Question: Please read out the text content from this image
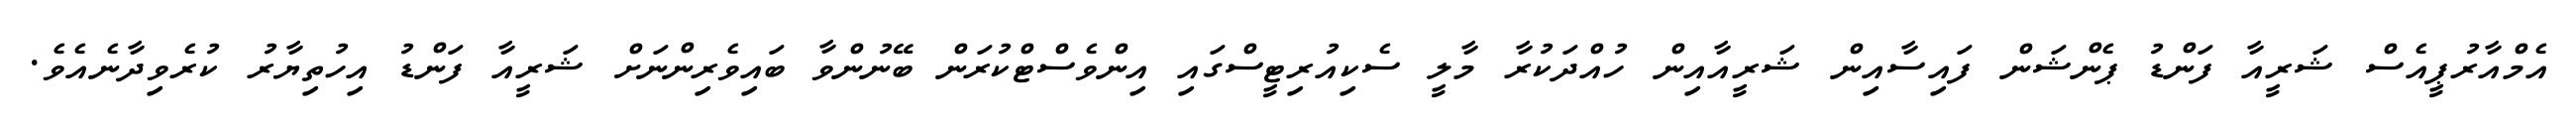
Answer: އެމްއާރުޕީއެސް ޝަރީއާ ފަންޑު ޕެންޝަން ފައިސާއިން ޝަރީއާއިން ހުއްދަކުރާ މާލީ ސެކިއުރިޓީސްގައި އިންވެސްޓްކުރަން ބޭނުންވާ ބައިވެރިންނަށް ޝަރީއާ ފަންޑު އިހުތިޔާރު ކުރެވިދާނެއެވެ.